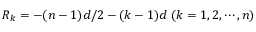
R _ { k } = - ( n - 1 ) d / 2 - ( k - 1 ) d ~ ( k = 1 , 2 , \cdots , n )